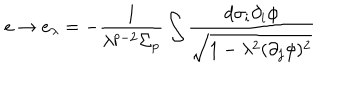
LaTeX: e \rightarrow e _ { \lambda } = - \frac { 1 } { \lambda ^ { p - 2 } \Sigma _ { p } } \int \frac { d \sigma _ { i } \partial _ { i } \phi } { \sqrt { 1 - \lambda ^ { 2 } ( \partial _ { j } \phi ) ^ { 2 } } }